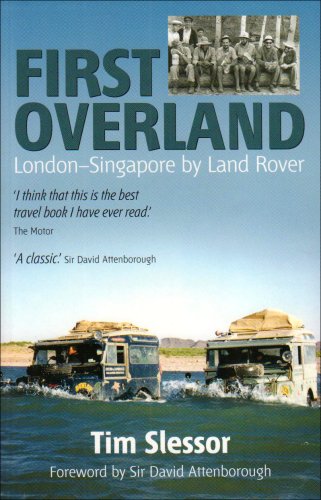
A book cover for First Overland: London-Singapore by Land Rover; Tim Slessor; Travel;